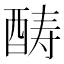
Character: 𲆭